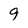
Character: 9